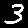
Digit: 3